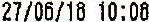
27/06/18 10:08